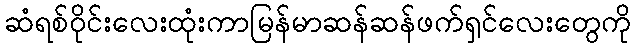
ဆံရစ်ဝိုင်းလေးထုံးကာမြန်မာဆန်ဆန်ဖက်ရှင်လေးတွေကို